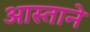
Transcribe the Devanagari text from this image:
आस्ताने